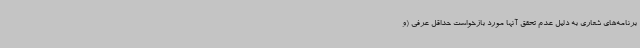
برنامه‌های شعاری به دلیل عدم تحقق آنها مورد بازخواست حداقل عرفی (و